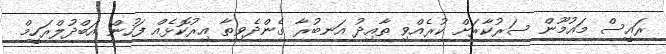
ރައީސް މައުމޫން ސަރުކާރަށް ކުރެއްވި ތާއިދު އަނބުރާ ގެންދެވިތާ އިރުކޮޅެއް ފަހުން އަބްދުލްރަހީމް